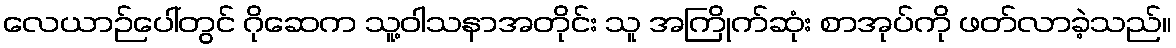
လေယာဉ်ပေါ်တွင် ဂိုဆေက သူ့ဝါသနာအတိုင်း သူ အကြိုက်ဆုံး စာအုပ်ကို ဖတ်လာခဲ့သည်။